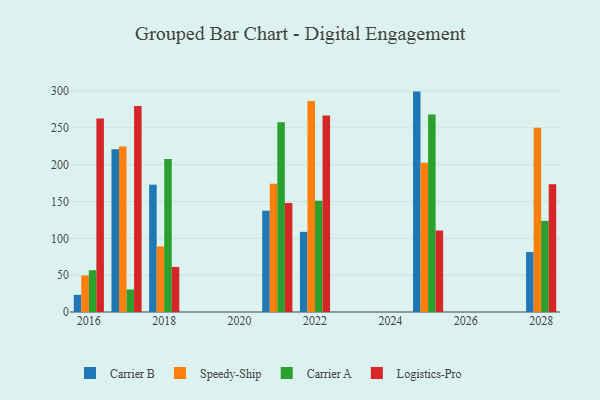
{"axis": {"x": "Year", "y": "Backlog"}, "legend": ["Carrier A", "Carrier B", "Logistics-Pro", "Speedy-Ship"], "data": [{"x": "2018", "y": 172.8, "type": "Carrier B"}, {"x": "2018", "y": 89.1, "type": "Speedy-Ship"}, {"x": "2018", "y": 207.8, "type": "Carrier A"}, {"x": "2018", "y": 61.2, "type": "Logistics-Pro"}, {"x": "2022", "y": 108.8, "type": "Carrier B"}, {"x": "2022", "y": 286.4, "type": "Speedy-Ship"}, {"x": "2022", "y": 151.1, "type": "Carrier A"}, {"x": "2022", "y": 266.9, "type": "Logistics-Pro"}, {"x": "2021", "y": 137.5, "type": "Carrier B"}, {"x": "2021", "y": 174.2, "type": "Speedy-Ship"}, {"x": "2021", "y": 257.5, "type": "Carrier A"}, {"x": "2021", "y": 148.0, "type": "Logistics-Pro"}, {"x": "2016", "y": 23.3, "type": "Carrier B"}, {"x": "2016", "y": 49.6, "type": "Speedy-Ship"}, {"x": "2016", "y": 56.7, "type": "Carrier A"}, {"x": "2016", "y": 262.8, "type": "Logistics-Pro"}, {"x": "2017", "y": 221.0, "type": "Carrier B"}, {"x": "2017", "y": 224.7, "type": "Speedy-Ship"}, {"x": "2017", "y": 30.6, "type": "Carrier A"}, {"x": "2017", "y": 279.7, "type": "Logistics-Pro"}, {"x": "2025", "y": 299.2, "type": "Carrier B"}, {"x": "2025", "y": 202.5, "type": "Speedy-Ship"}, {"x": "2025", "y": 268.0, "type": "Carrier A"}, {"x": "2025", "y": 110.6, "type": "Logistics-Pro"}, {"x": "2028", "y": 81.4, "type": "Carrier B"}, {"x": "2028", "y": 250.1, "type": "Speedy-Ship"}, {"x": "2028", "y": 123.7, "type": "Carrier A"}, {"x": "2028", "y": 173.5, "type": "Logistics-Pro"}]}